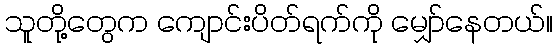
သူတို့တွေက ကျောင်းပိတ်ရက်ကို မျှော်နေတယ်။